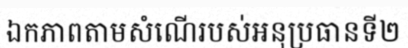
ឯកភាពតាមសំណើរបស់អនុប្រធានទី២